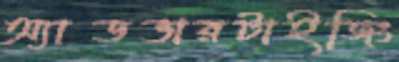
অ্যাডভারটাইজিং